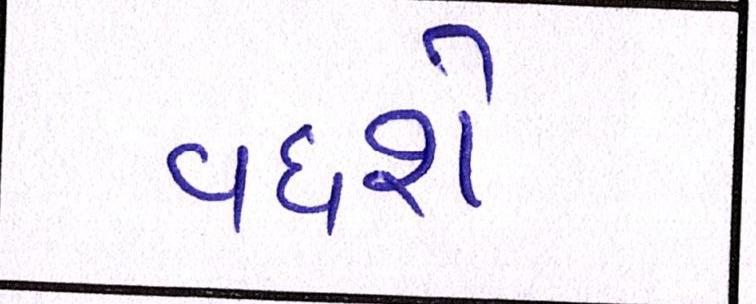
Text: વધશે